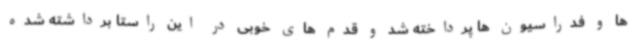
ها و فدراسیون ها پرداخته شد و قدم های خوبی در این راستا برداشته شده